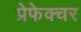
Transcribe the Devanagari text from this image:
प्रेफेक्चर